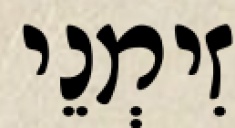
זִימְנֵי